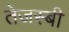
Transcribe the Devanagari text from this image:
तेजस्बी